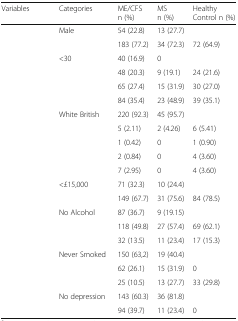
<table><thead><tr><td><b>Variables</b></td><td><b>Categories</b></td><td><b>ME/CFS n (%)</b></td><td><b>MS n (%)</b></td><td><b>Healthy Control n (%)</b></td></tr></thead><tbody><tr><td rowspan="2">[EMPTY_CELL]</td><td>Male</td><td>54 (22.8)</td><td>13 (27.7)</td><td>[EMPTY_CELL]</td></tr><tr><td>[EMPTY_CELL]</td><td>183 (77.2)</td><td>34 (72.3)</td><td>72 (64.9)</td></tr><tr><td rowspan="4">[EMPTY_CELL]</td><td>&lt;30</td><td>40 (16.9)</td><td>0</td><td>[EMPTY_CELL]</td></tr><tr><td>[EMPTY_CELL]</td><td>48 (20.3)</td><td>9 (19.1)</td><td>24 (21.6)</td></tr><tr><td>[EMPTY_CELL]</td><td>65 (27.4)</td><td>15 (31.9)</td><td>30 (27.0)</td></tr><tr><td>[EMPTY_CELL]</td><td>84 (35.4)</td><td>23 (48.9)</td><td>39 (35.1)</td></tr><tr><td rowspan="5">[EMPTY_CELL]</td><td>White British</td><td>220 (92.3)</td><td>45 (95.7)</td><td>[EMPTY_CELL]</td></tr><tr><td>[EMPTY_CELL]</td><td>5 (2.11)</td><td>2 (4.26)</td><td>6 (5.41)</td></tr><tr><td>[EMPTY_CELL]</td><td>1 (0.42)</td><td>0</td><td>1 (0.90)</td></tr><tr><td>[EMPTY_CELL]</td><td>2 (0.84)</td><td>0</td><td>4 (3.60)</td></tr><tr><td>[EMPTY_CELL]</td><td>7 (2.95)</td><td>0</td><td>4 (3.60)</td></tr><tr><td rowspan="2">[EMPTY_CELL]</td><td>&lt;£15,000</td><td>71 (32.3)</td><td>10 (24.4)</td><td>[EMPTY_CELL]</td></tr><tr><td>[EMPTY_CELL]</td><td>149 (67.7)</td><td>31 (75.6)</td><td>84 (78.5)</td></tr><tr><td rowspan="3">[EMPTY_CELL]</td><td>No Alcohol</td><td>87 (36.7)</td><td>9 (19.15)</td><td>[EMPTY_CELL]</td></tr><tr><td>[EMPTY_CELL]</td><td>118 (49.8)</td><td>27 (57.4)</td><td>69 (62.1)</td></tr><tr><td>[EMPTY_CELL]</td><td>32 (13.5)</td><td>11 (23.4)</td><td>17 (15.3)</td></tr><tr><td rowspan="3">[EMPTY_CELL]</td><td>Never Smoked</td><td>150 (63,2)</td><td>19 (40.4)</td><td>[EMPTY_CELL]</td></tr><tr><td>[EMPTY_CELL]</td><td>62 (26.1)</td><td>15 (31.9)</td><td>0</td></tr><tr><td>[EMPTY_CELL]</td><td>25 (10.5)</td><td>13 (27.7)</td><td>33 (29.8)</td></tr><tr><td rowspan="2">[EMPTY_CELL]</td><td>No depression</td><td>143 (60.3)</td><td>36 (81.8)</td><td>[EMPTY_CELL]</td></tr><tr><td>[EMPTY_CELL]</td><td>94 (39.7)</td><td>11 (23.4)</td><td>0</td></tr></tbody></table>